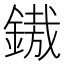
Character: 𨪠